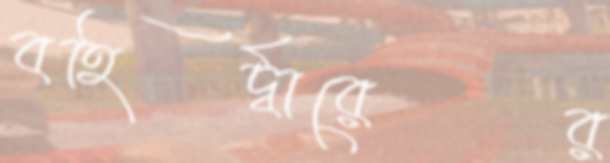
বহির্দ্বারের